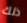
ذلك